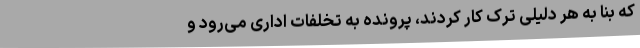
که بنا به هر دلیلی ترک کار کردند، پرونده به تخلفات اداری می‌رود و